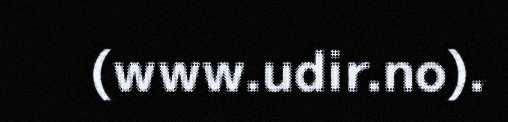
(www.udir.no).